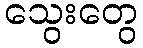
သွေးတွေ